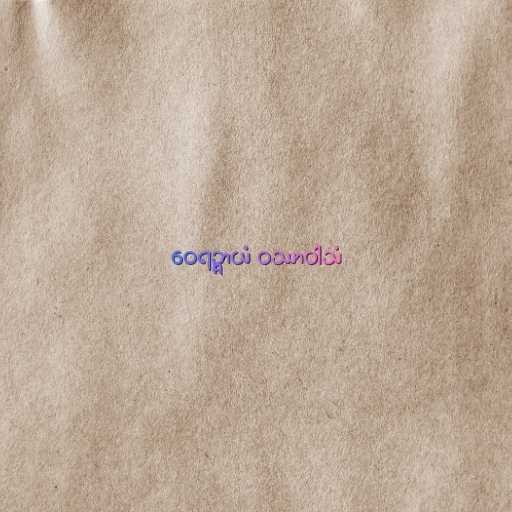
ဝေရဉ္ဇာယံ ဝဿာဝါသံ